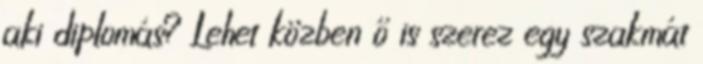
aki diplomás? Lehet közben ő is szerez egy szakmát